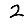
Digit: 2